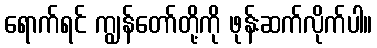
ရောက်ရင် ကျွန်တော်တို့ကို ဖုန်းဆက်လိုက်ပါ။